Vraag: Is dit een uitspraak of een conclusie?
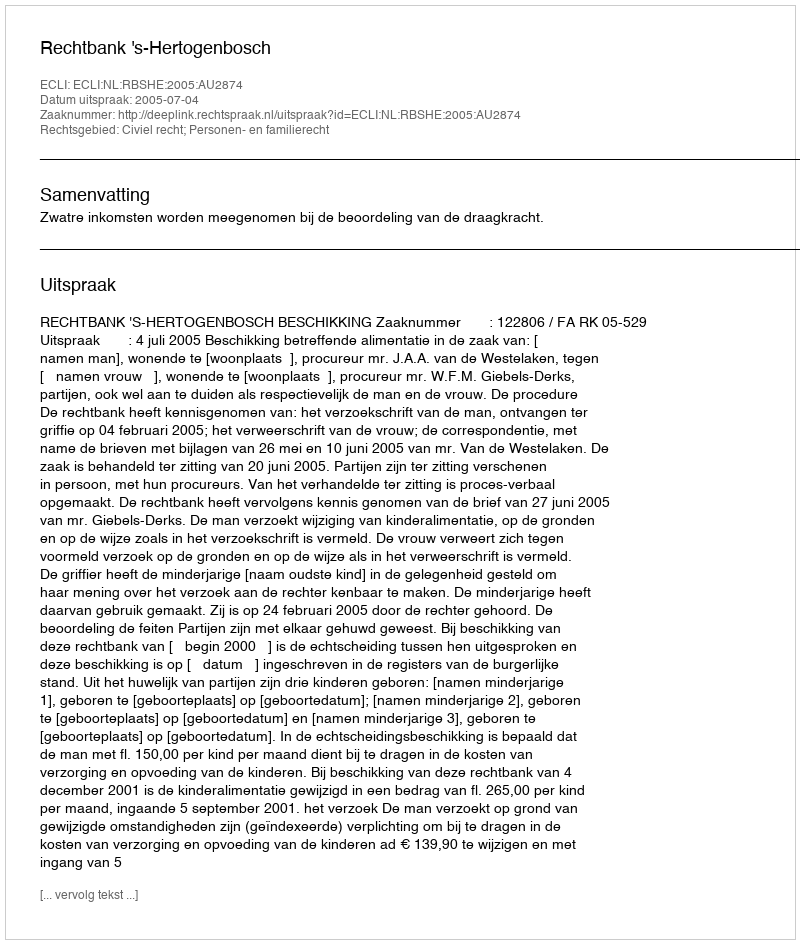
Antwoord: Uitspraak